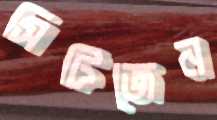
সিটিজেন